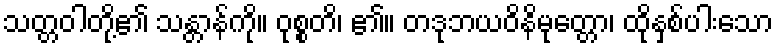
သတ္တဝါတို့၏ သန္တာန်ကို။ ဝုစ္စတိ၊ ၏။ တဒုဘယဝိနိမုတ္တော၊ ထိုနှစ်ပါးသော